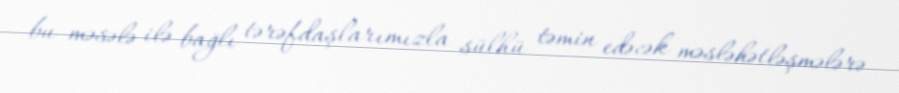
bu məsələ ilə bağlı tərəfdaşlarımızla sülhü təmin edəcək məsləhətləşmələrə